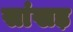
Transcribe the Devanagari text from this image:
सांखड़